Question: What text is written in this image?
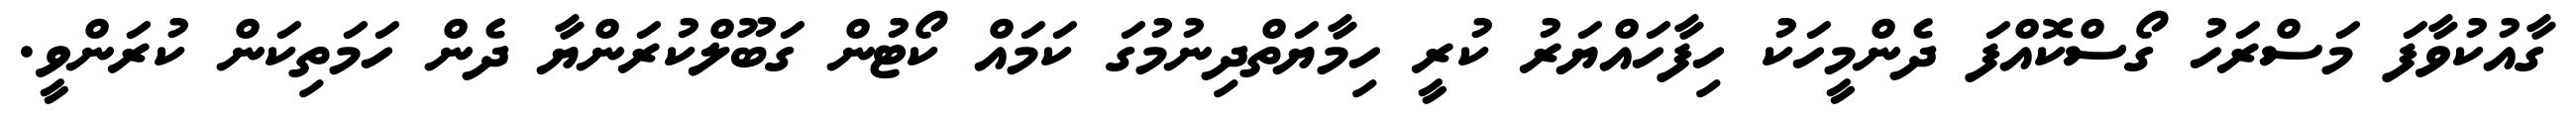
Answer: ގާއުކުވާފަ މަސްރަހު ގޯސްކޮއްފަ ދެންމީހަކު ހިފާހައްޔަރު ކުރީ ހިމާޔަތްދިނުމުގަ ކަމައް ކޯޓުން ގަބޫލްކުރަންޔާ ދެން ހަމަތިކަން ކުރަންވީ.